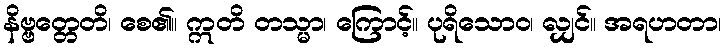
နိဗ္ဗတ္တေတိ၊ စေ၏။ ဣတိ တသ္မာ၊ ကြောင့်။ ပုရိသောဝ၊ လျှင်။ အရဟတာ၊